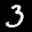
Label: 3